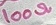
Text: 100Ω